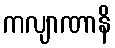
ကလျာဏာနိ